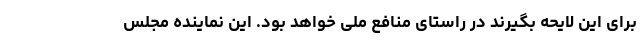
برای این لایحه بگیرند در راستای منافع ملی خواهد بود. این نماینده مجلس